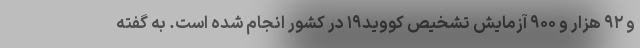
و ۹۲ هزار و ۹۰۰ آزمایش تشخیص کووید۱۹ در کشور انجام شده است. به گفته